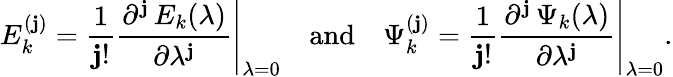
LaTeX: E_{k}^{(\mathbf{j})}=\frac{{1}}{{\mathbf{j}!}}\left.\frac{{\partial^{\mathbf{j}}\, E_{k}(\lambda)}}{{\partial\lambda^{\mathbf{j}}}}\right\vert_{\lambda=0}\quad\mathrm{{and}}\quad\Psi_{k}^{(\mathbf{j})}=\frac{{1}}{{\mathbf{j}!}}\left.\frac{{\partial^{\mathbf{j}}\, \Psi_{k}(\lambda)}}{{\partial\lambda^{\mathbf{j}}}}\right\vert_{\lambda=0}.